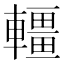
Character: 𨏃